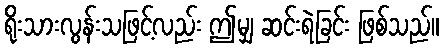
ရိုးသားလွန်းသဖြင့်လည်း ဤမျှ ဆင်းရဲခြင်း ဖြစ်သည်။